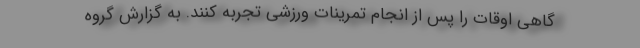
گاهی اوقات را پس از انجام تمرینات ورزشی تجربه کنند. به گزارش گروه